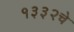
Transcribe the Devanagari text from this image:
१३३२चे